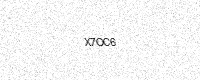
Text: X7OC6